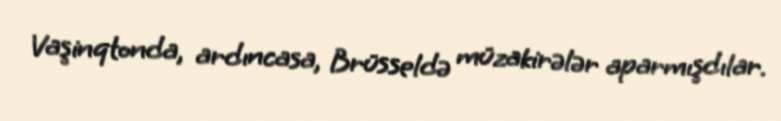
Vaşinqtonda, ardıncasa, Brüsseldə müzakirələr aparmışdılar.